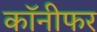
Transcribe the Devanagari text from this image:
कॉनीफर